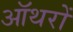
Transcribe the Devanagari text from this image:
ऑथरों